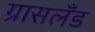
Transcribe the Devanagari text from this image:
ग्रासलँड